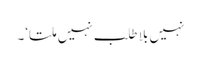
نہیں بلا طلب نہیں ملتا‘۔